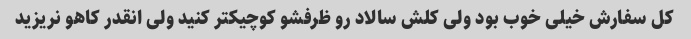
کل سفارش خیلی خوب بود ولی کلش سالاد رو ظرفشو کوچیکتر کنید ولی انقدر کاهو نریزید